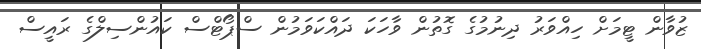
ޒުވާން ޓީމަށް ހިއްވަރު ދިނުމުގެ ގޮތުން ވާހަކަ ދައްކަވަމުން ސްޕޯޓްސް ކައުންސިލްގެ ރައީސް